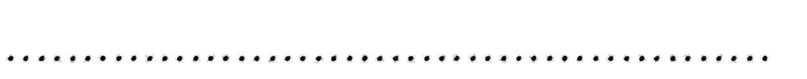
..................................................